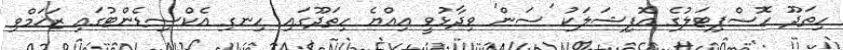
ހިތަދޫ ހޮސްޕިޓަލުގެ އޮފިޝަލަކު 'ސަން' ވިދާޅުވީ އިއްޔެ ހިތަދޫގައި ހިނގި އެކްސިޑެންޓުގައި ޒަޚަމްވި